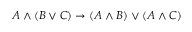
A \land ( B \lor C ) \to ( A \land B ) \lor ( A \land C )